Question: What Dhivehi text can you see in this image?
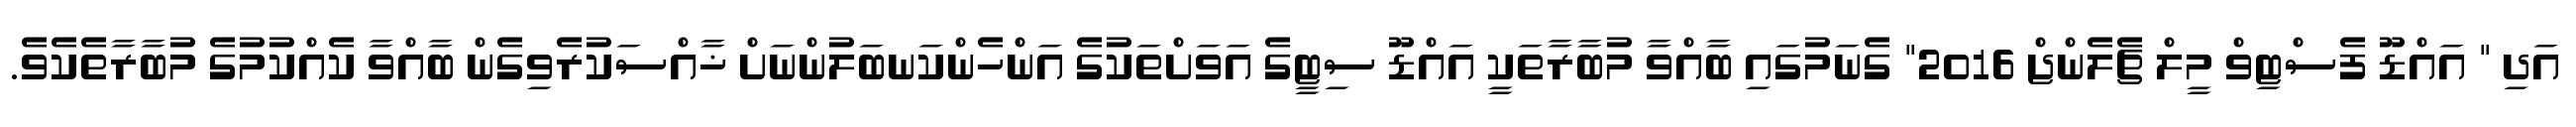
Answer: އަދި " އައްޑޫ ފެސްޓިވް މީލް ޗެލެންޖް 2016" ގެނަމުގައި ބާއްވާ މުބާރާތަކީ އައްޑޫ ސިޓީގެ އަވަށްތަކުގެ އަންހެންކަނބަލުންނަށް ޚާއްސަކުރެވިގެން ބާއްވާ ކެއްކުމުގެ މުބާރާތެކެވެ.